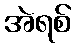
အဲရစ်